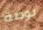
بوصة